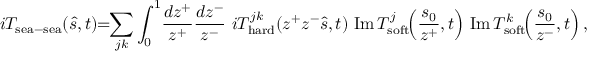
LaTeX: i T _ { \mathrm { s e a } - \mathrm { s e a } } ( \hat { s } , t ) \! \! = \! \! \sum _ { j k } \int _ { 0 } ^ { 1 } \! \frac { d z ^ { + } } { z ^ { + } } \frac { d z ^ { - } } { z ^ { - } } \, \, i T _ { \mathrm { h a r d } } ^ { j k } ( z ^ { + } z ^ { - } \hat { s } , t ) \, \, \mathrm { I m } \, T _ { \mathrm { s o f t } } ^ { j } \! \! \left( \frac { s _ { 0 } } { z ^ { + } } , t \right) \, \mathrm { I m } \, T _ { \mathrm { s o f t } } ^ { k } \! \! \left( \frac { s _ { 0 } } { z ^ { - } } , t \right) ,